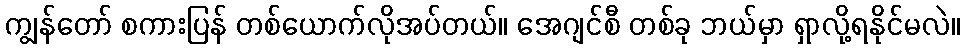
ကျွန်တော် စကားပြန် တစ်ယောက်လိုအပ်တယ်။ အေဂျင်စီ တစ်ခု ဘယ်မှာ ရှာလို့ရနိုင်မလဲ။